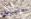
متسابق